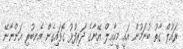
ރައުލް ގާތު ބުނަމުން އައީ މީކާޢިލް އޭނާގެ ދަރިފުޅު ގޮވައިގެން އެނބުރި އަންނާނޭ